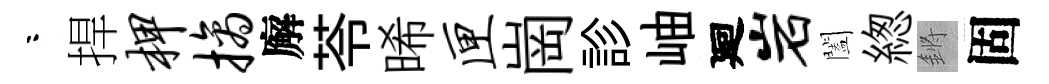
咯捍柙摘廨苓晞匣崗診岫廻岩闔緫鏘固